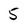
Character: 5